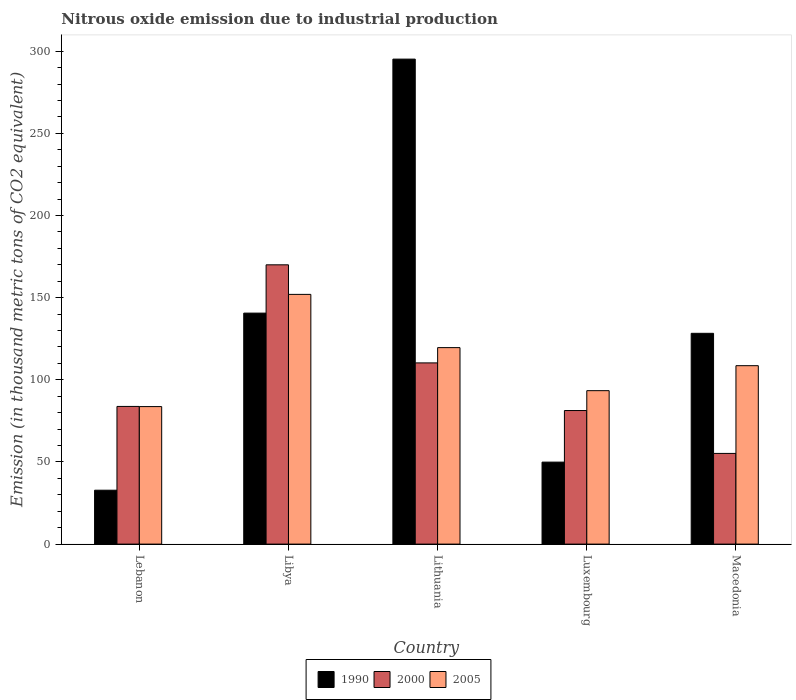
| Country | 1990 | 2000 | 2005 |
 | --- | --- | --- | --- |
 | Lebanon | 32.8 | 83.8 | 83.7 |
 | Libya | 141 | 170 | 152 |
 | Lithuania | 295 | 110 | 120 |
 | Luxembourg | 49.9 | 81.3 | 93.4 |
 | Macedonia | 128 | 55.2 | 109 |